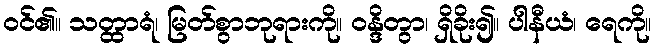
ဝင်၏။ သတ္ထာရံ၊ မြတ်စွာဘုရားကို။ ဝန္ဒိတွာ၊ ရှိခိုး၍။ ပါနီယံ၊ ရေကို။